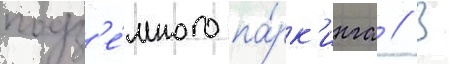
подз'е́много па́рк'инга // В